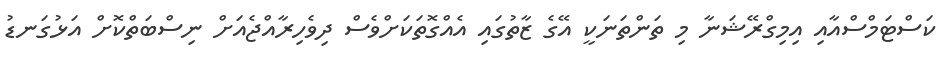
ކަސްޓަމްސްއާއި އިމިގްރޭޝަނާ މި ތަންތަނަކީ އޭގެ ޒާތުގައި އެއްގޮތަކަށްވެސް ދިވެހިރާއްޖެއަށް ނިސްބަތްކޮށް އަޅުގަނޑު